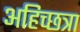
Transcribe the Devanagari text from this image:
अहिच्छत्रा